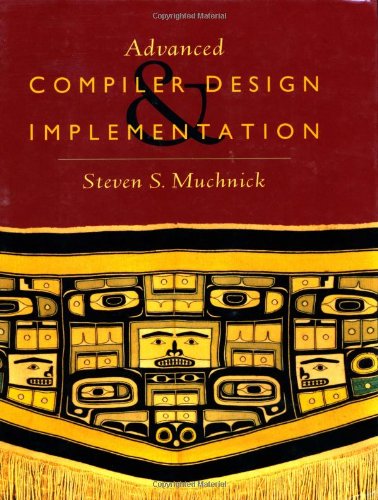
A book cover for Advanced Compiler Design and Implementation; Steven Muchnick; Computers & Technology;